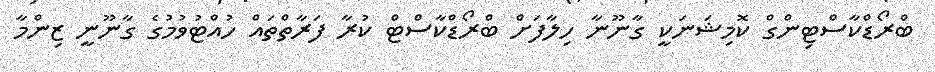
ބްރޯޑްކާސްޓިންގް ކޮމިޝަނަކީ ގާނޫނާ ހިލާފަށް ބްރޯޑްކާސްޓް ކުރާ ފަރާތްތައް ހުއްޓުވުމުގެ ގާނޫނީ ޒިންމާ